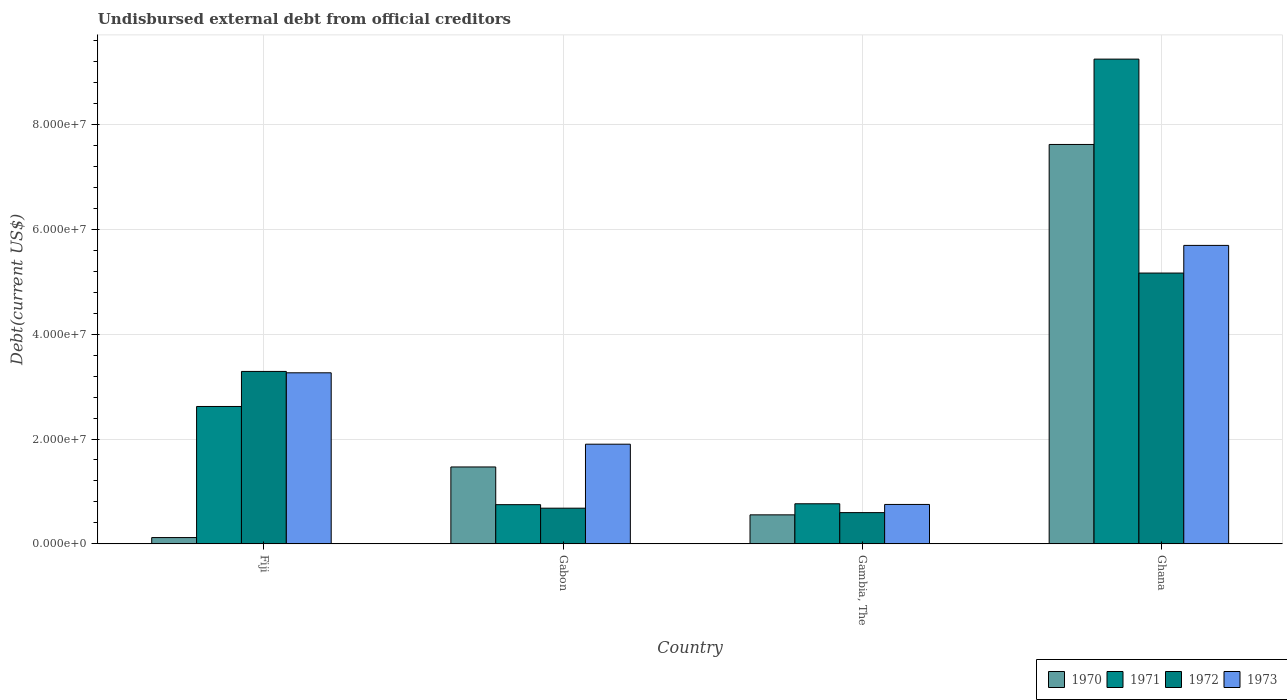
| Country | 1970 | 1971 | 1972 | 1973 |
 | --- | --- | --- | --- | --- |
 | Fiji | 1.2e+06 | 2.62e+07 | 3.29e+07 | 3.26e+07 |
 | Gabon | 1.47e+07 | 7.48e+06 | 6.81e+06 | 1.9e+07 |
 | Gambia, The | 5.54e+06 | 7.65e+06 | 5.96e+06 | 7.52e+06 |
 | Ghana | 7.62e+07 | 9.25e+07 | 5.17e+07 | 5.69e+07 |